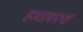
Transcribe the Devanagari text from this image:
हातावरच